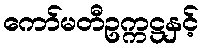
ကော်မတီဥက္ကဋ္ဌနှင့်